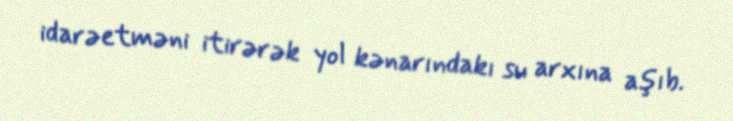
idarəetməni itirərək yol kənarındakı su arxına aşıb.